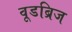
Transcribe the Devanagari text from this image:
वूडब्रिज